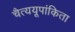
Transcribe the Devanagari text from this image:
चैत्ययूपांकिता